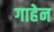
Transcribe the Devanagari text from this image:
गाहेन